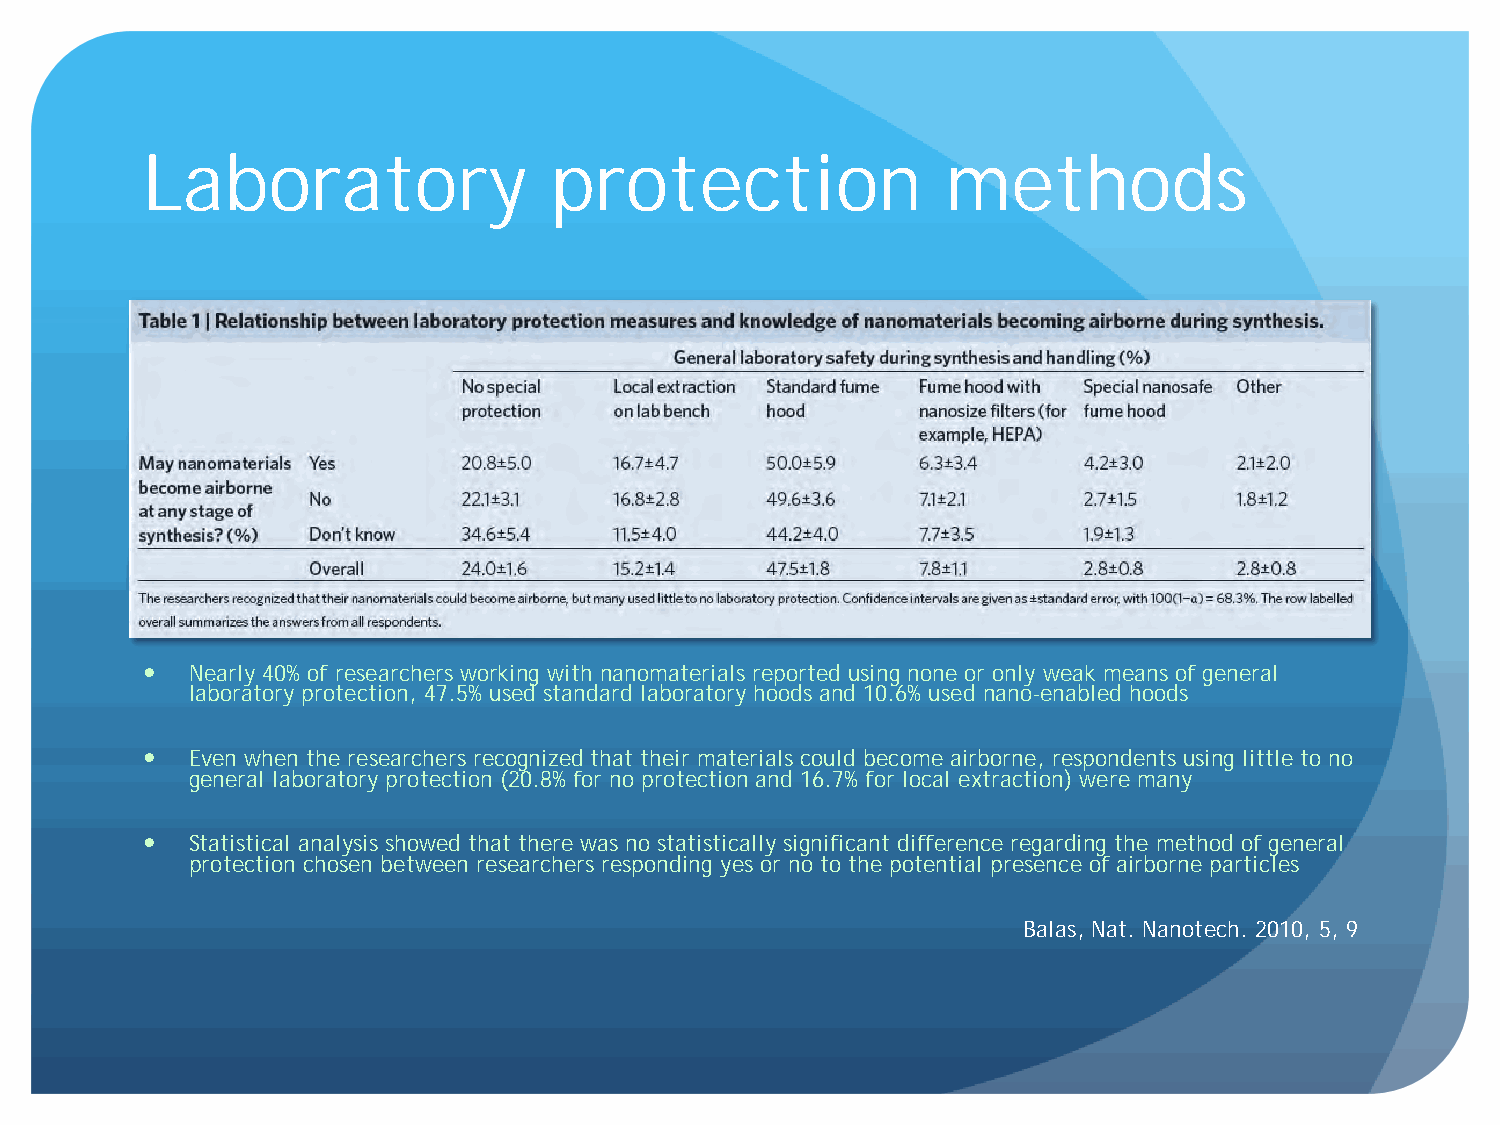
Laboratory                 protection                 methods
   Nearly 40% of researchers working with nanomaterials reported using none or only weak means of general
 laboratory protection, 47.5% used standard laboratory hoods and 10.6% used nano-enabled hoods
   Even when the researchers recognized that their materials could become airborne, respondents using little to no
 general laboratory protection (20.8% for no protection and 16.7% for local extraction) were many
   Statistical analysis showed that there was no statistically significant difference regarding the method of general
 protection chosen between researchers responding yes or no to the potential presence of airborne particles
 Balas, Nat. Nanotech. 2010, 5, 9